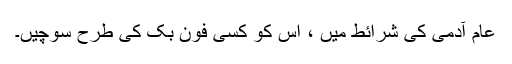
عام آدمی کی شرائط میں ، اس کو کسی فون بک کی طرح سوچیں۔